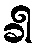
ခါ